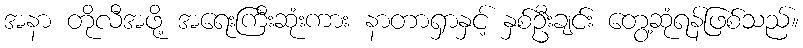
အနာ တိုလီအဖို့ အရေးကြီးဆုံးကား နာတာရှာနှင့် နှစ်ဦးချင်း တွေ့ဆုံရန်ဖြစ်သည်။